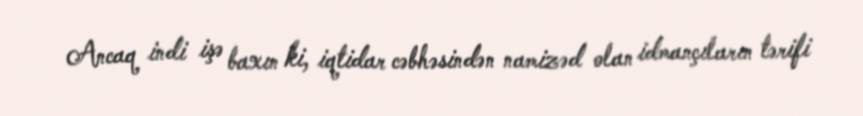
Ancaq indi işə baxın ki, iqtidar cəbhəsindən namizəd olan idmançıların tərifi